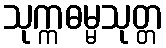
သုက္ကဓမ္မသုတ္တ